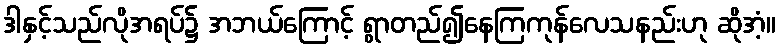
ဒါနှင့်သည်လိုအရပ်၌ အဘယ်ကြောင့် ရွာတည်၍နေကြကုန်လေသနည်းဟု ဆိုအံ့။